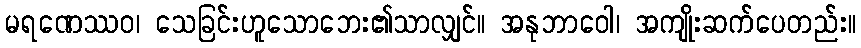
မရဏေဿဝ၊ သေခြင်းဟူသောဘေး၏သာလျှင်။ အနုဘာဝေါ၊ အကျိုးဆက်ပေတည်း။